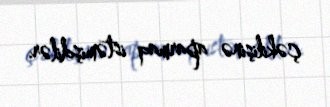
çəkilişinə aparmaq istəmişdilər.